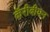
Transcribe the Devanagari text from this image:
कॅरीबीयन